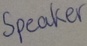
Text: Speaker